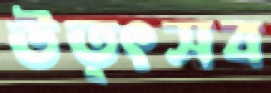
উত্ৎসব